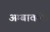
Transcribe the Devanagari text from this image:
अम्बावती।